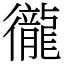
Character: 徿